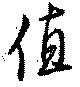
値